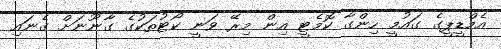
އެމްޑީޕީގެ ގައުމީ ހިންގާ ކޮމެޓީ އިން މިރޭ ވަނީ ކޯޓުތަކުގެ ގާނޫނަށް ގެނައި